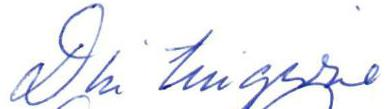
Din tillgivne